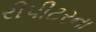
રીપીટરના